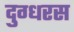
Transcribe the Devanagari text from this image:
दुग्धरस